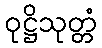
ဝုဋ္ဌိသုတ္တံ